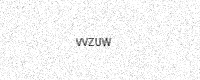
Text: VVZUW